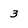
Character: 3